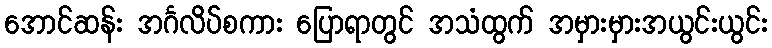
အောင်ဆန်း အင်္ဂလိပ်စကား ပြောရာတွင် အသံထွက် အမှားမှားအယွင်းယွင်း